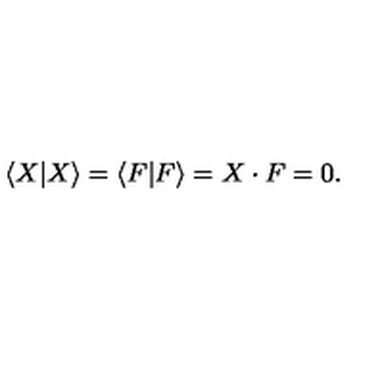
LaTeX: \langle X | X \rangle = \langle F | F \rangle = X \cdot F = 0 .